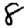
Digit: 8